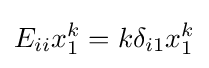
E_{ii}x_{1}^{k}=k\delta _{i1}x_{1}^{k}